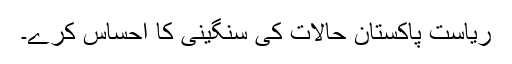
ریاست پاکستان حالات کی سنگینی کا احساس کرے۔